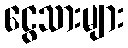
ငွေသားများ